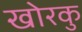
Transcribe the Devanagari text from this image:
खोरकु